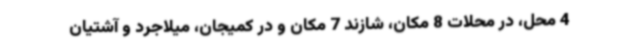
4 محل، در محلات 8 مکان، شازند 7 مکان و در کمیجان، میلاجرد و آشتیان